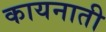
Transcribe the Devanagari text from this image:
कायनाती